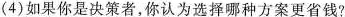
(4)如果你是决策者，你认为选择哪种方案更省钱?